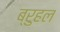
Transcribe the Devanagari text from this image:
ब्रुहल